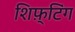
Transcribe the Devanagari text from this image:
शिफ़्टिंग